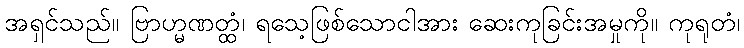
အရှင်သည်။ ဗြာဟ္မဏတ္ထံ၊ ရသေ့ဖြစ်သောငါအား ဆေးကုခြင်းအမှုကို။ ကုရုတံ၊